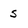
Character: 5